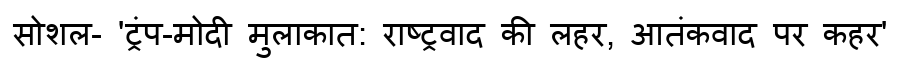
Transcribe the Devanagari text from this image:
सोशल- 'ट्रंप-मोदी मुलाकात: राष्ट्रवाद की लहर, आतंकवाद पर कहर'